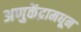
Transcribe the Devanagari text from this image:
अणुकेंद्रामधून